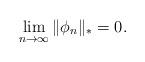
LaTeX: \begin{align*}\lim_{n\rightarrow\infty}\Vert \phi_n\Vert_{\ast}=0.\end{align*}